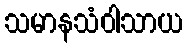
သမာနသံဝါသာယ